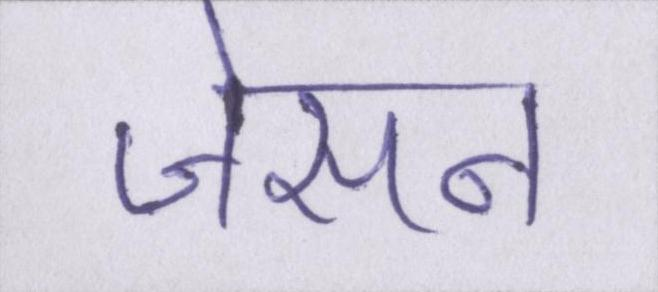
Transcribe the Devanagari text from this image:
जेसन